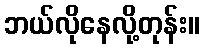
ဘယ်လိုနေလို့တုန်း။